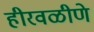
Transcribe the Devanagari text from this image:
हीरवळीणे